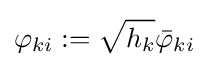
\varphi _{ki}:={\sqrt {h_{k}}}{\bar {\varphi }}_{ki}